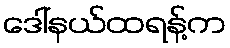
ဒေါ်နယ်ထရန့်က